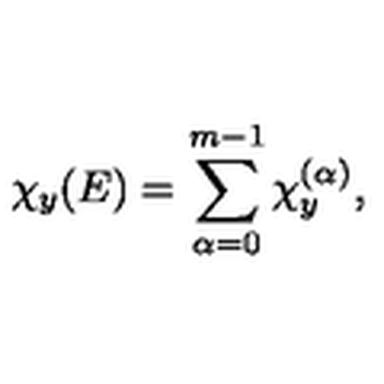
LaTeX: \chi _ { y } ( E ) = \sum _ { \alpha = 0 } ^ { m - 1 } \chi _ { y } ^ { ( \alpha ) } ,